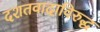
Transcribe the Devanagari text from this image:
दशतवादाविरुद्ध